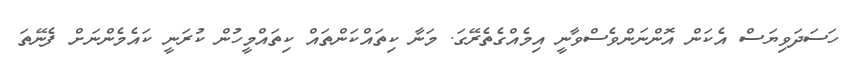
ހަސަދަވިޔަސް އެކަން އޮންނަންވެސްވާނީ އިމެއްގެތެރޭގަ. މަނާ ކިތައްކަންތައް ކިތައްމީހުން ކުރަނީ ކައެމެންނަށް ފެނޭތަ